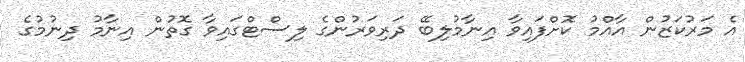
އެ މަރުކަޒުން އާއްމު ކޮށްފައިވާ އިނާމުލިބޭ ދަރިވަރުންގެ ލިސްޓްގައިވާ ގޮތުން އިނާމު ދިނުމުގެ